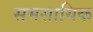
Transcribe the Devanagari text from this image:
समसायिक